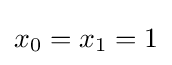
x_{0}=x_{1}=1